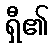
ရှီ၏